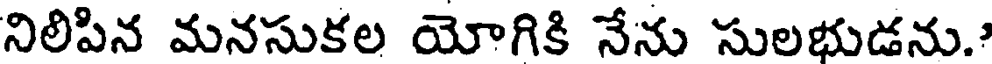
నిలిపిన మనసుకల యోగికి నేను సులభుడను."